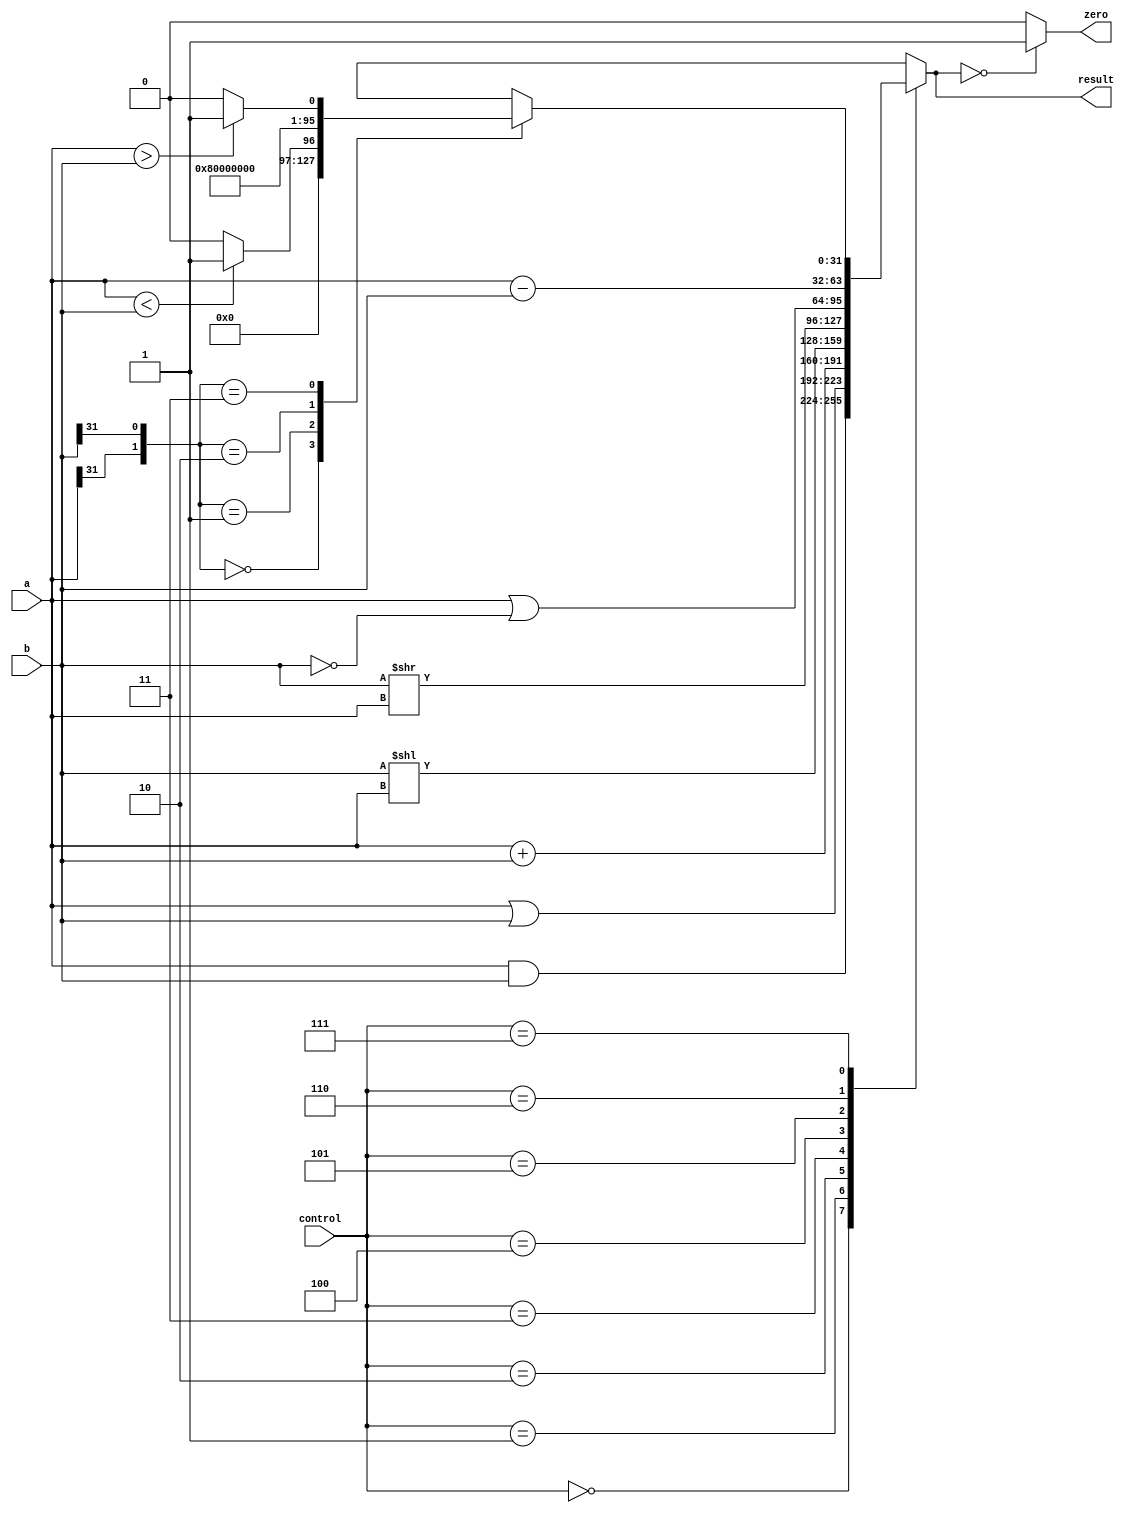
`timescale 1ns / 1ps
//////////////////////////////////////////////////////////////////////////////////
// Company: 
// Engineer: 
// 
// Design Name: 
// Module Name: alu
// Project Name: 
// Target Devices: 
// Tool Versions: 
// Description: 
// 
// Dependencies: 
// 
// Revision:
// Revision 0.01 - File Created
// Additional Comments:
// 
//////////////////////////////////////////////////////////////////////////////////


module alu(
    input [31:0] a,b,
    input [2:0] control,
    output reg [31:0] result,
    output reg zero
    );
    //reg [31:0] result;
    always@(*)
        begin
            case(control)
                3'b000: result <= a&b; // and
                3'b001: result <= a|b;  //or
                3'b010:begin
                             result <=  a+b; // add
                             if(result[31] != a[31] && result[31] != b[31])
                                $display("add overflow");
                                //$stop;  //overflow
                       end
                3'b011: result <= b << a;  // sll
                3'b100: result <= b >>a;  // srl
                3'b101: result <= a|~b;  // xor
                3'b110:begin
                            result <= a-b;  //sub
                            if((a[31] != b[31] && result[31]==b[31]) || (a!=b && result ==0))
                                $display("sub overflow");
                                //$stop;
                       end
                3'b111: case({a[31],b[31]})  //slt
                            2'b00: result <= (a<b) ? 1:0;//both positive
                            2'b01: result <=0; // a is positive, b is negative
                            2'b10: result <=1;
                            2'b11: result <= (a>b)? 1:0; // both negative
                        endcase
            endcase   
            zero = (result == 0)? 1:0;
        end
        
        //assign aluout = result;
endmodule